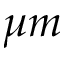
\mu m